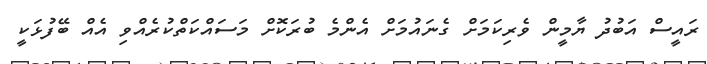
ރައީސް އަބުދު ޔާމީން ވެރިކަމަށް ގެނައުމަށް އެންމެ ބުރަކޮށް މަސައްކަތްކުރެއްވި އެއް ބޭފުޅަކީ